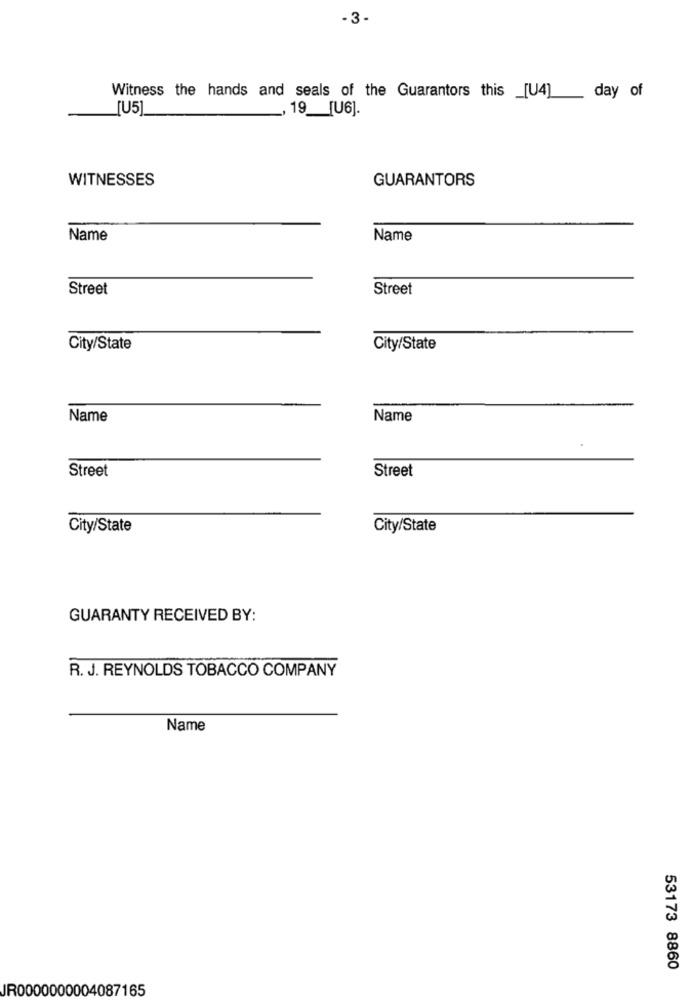
- 3-
Witness the hands and seals of the Guarantors this _[U4] __ day of
[U5]
19 __ [U6].
WITNESSES
GUARANTORS
Name
Name
Street
Street
City/State
City/State
Name
Name
Street
Street
City/State
City/State
GUARANTY RECEIVED BY:
R. J. REYNOLDS TOBACCO COMPANY
Name
53173 8860
JR0000000004087165